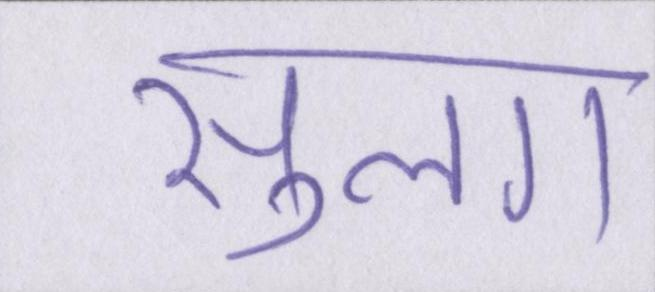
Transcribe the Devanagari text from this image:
सुलग